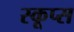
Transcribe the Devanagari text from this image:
स्कूप्स